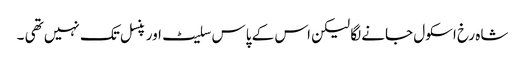
شاہ رخ اسکول جانے لگا لیکن اس کے پاس سلیٹ اور پنسل تک نہیں تھی ۔